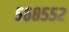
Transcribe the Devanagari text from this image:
५६८५५२